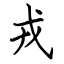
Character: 戎